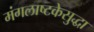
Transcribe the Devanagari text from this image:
मंगलाष्टकेसुद्धा